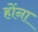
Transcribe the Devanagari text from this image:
होंना